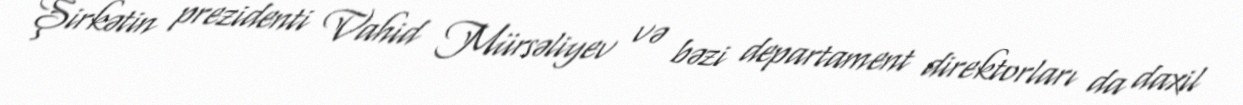
Şirkətin prezidenti Vahid Mürsəliyev və bəzi departament direktorları da daxil